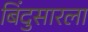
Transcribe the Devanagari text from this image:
बिंदुसारला